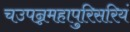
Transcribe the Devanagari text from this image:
चउपन्नमहापुरिसरियं